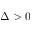
\Delta > 0